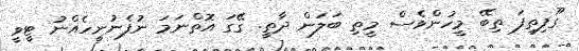
ގޫފިތިފަ ތިބޭ މީހުންވެސް މީތި ބަލަން ދާތީ. ގޭގަ އޮތްނަމަ ނުފެނުނީހެއްނު ޓީވީ